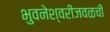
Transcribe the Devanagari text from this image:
भुवनेश्वरीजवळची